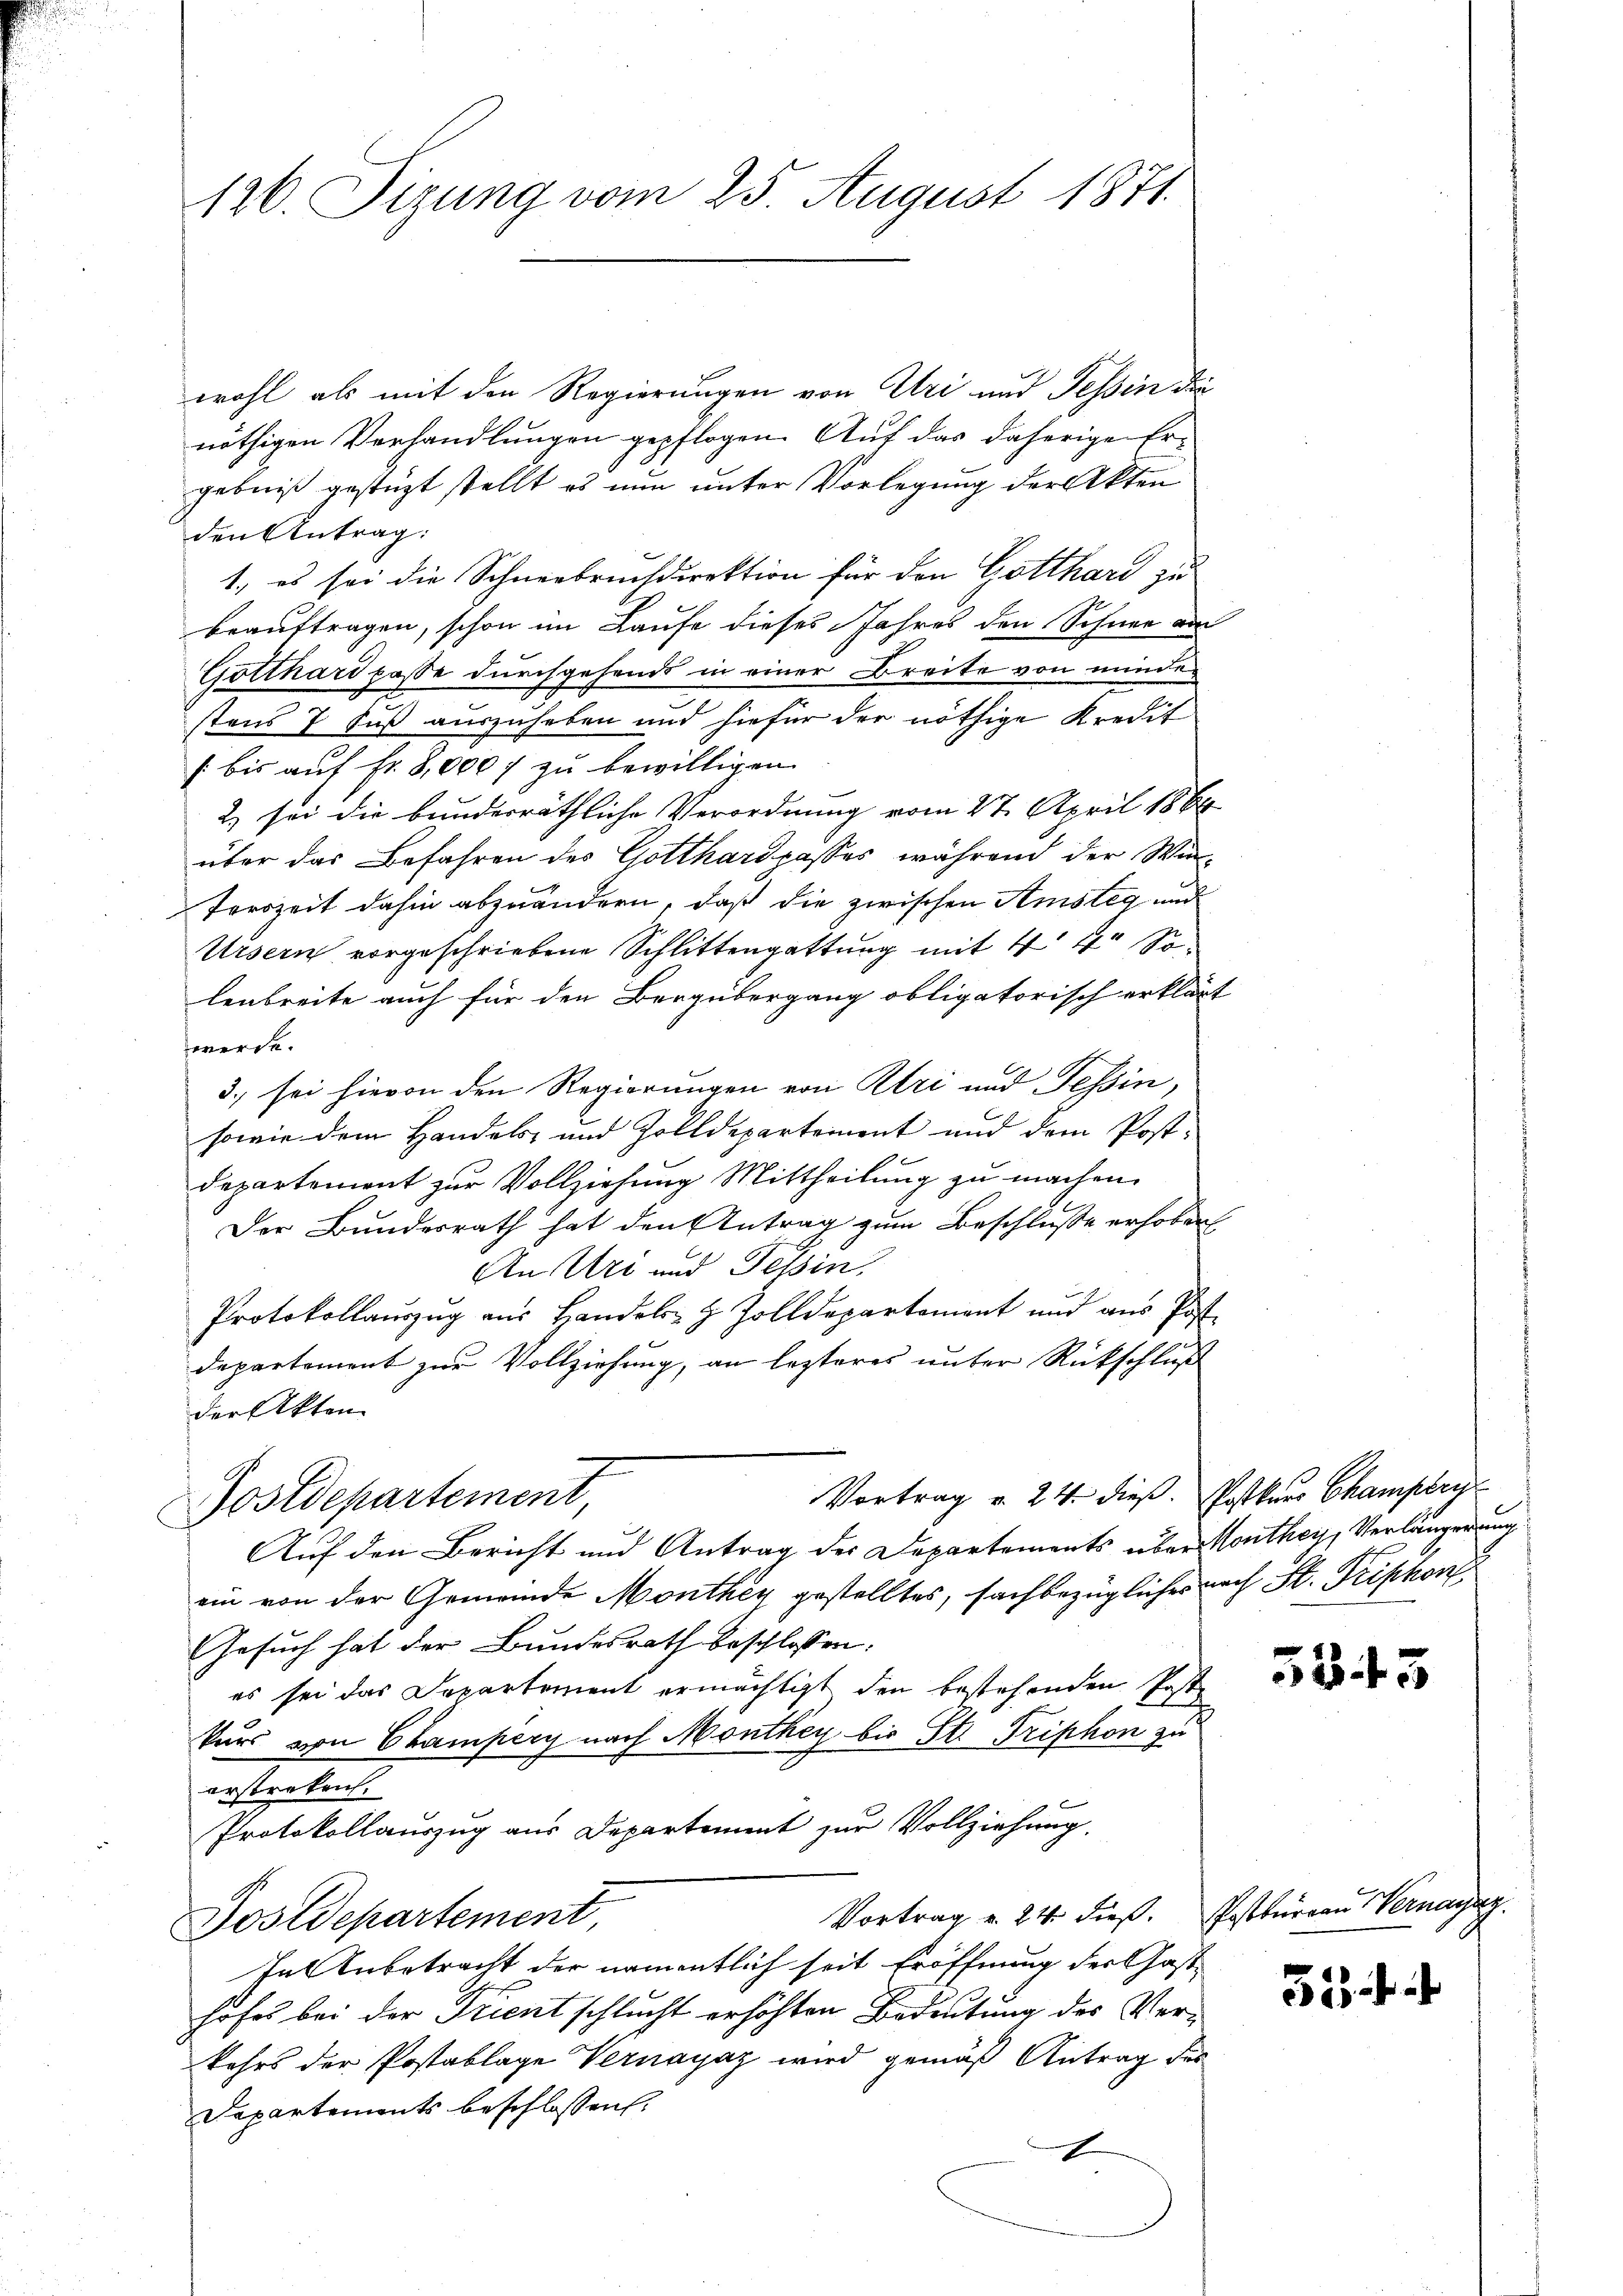
126. Sizung vom 25. August 1871.

wohl als mit den Regierungen von Uri und Tessin die
nöthigen Verhandlungen gepflogen. Auf das daherige Ergebniß gestüzt stellt es nun unter Vorlegung der Akten
den Antrag:
1., es sei die Schneebruchdirektion für den Gotthard zu
beauftragen, schon im Laufe dieses Jahres den Schnee am
Gotthard passe durchgehends in einer Breite von minde-
stens 7 Fuß auszuheben und hiefür der nöthige Kredit
[bis auf Fr. 8,000 f zu bewilligen.
2) sei die bundesräthliche Verordnung vom 27. April 1868
über das Befahren des Gotthardpasses, während der Win
Terzeit dahin abzuändern, daß die zwischen Amsteg und
Ursern vorgeschriebene Schlittengattung mit 4 4 Soleabreite auch für den Bergübergang obligatorisch erklärt
werde.
3. sei hievon den Regierungen von Uri und Tessin,
sowie dem Handels- und Zolldepartement und dem Post-
Departement zur Vollziehung Mittheilung zu machen.
Der Bundesrath hat den Antrag zum Beschlusse erhoben
An Uri und Tessin,
Protokollauszug aus Handels z. Zolldepartement und aŭs Post-
departement zur Vollziehung, an lezteres unter Rückschluß
der Akten
Vortrag v. 24. dieß. Postkurs Champeri
Postdepartement,
Auf den Bericht und Antrag der Departements über Monthey, Verlängerung
ein von der Gemeinde Monthey gestelltes, fachbezügliches nach St. Triphon
Gesuch hat der Bundesrath beschlossen:
es sei das Departement ermächtigt den bestehenden Poste
kurs von Champery nach Monthey bis St. Triphon zu
erstreken.
Protokollauszug aus Departement zur Vollziehung.
Vortrag v. 24 dieß. Postbureau Vernageg
Postdepartement,
In Anbetracht der namentlich seit Eröffnung der hast
hofes bei der Trient schlucht erhöhten Bedeutung des Verkehrs der Postablage Vernayaz wird gemäß Antrag des
Departements beschlossen:
I

5343

52 f.